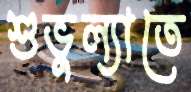
শুভুল্যাতে